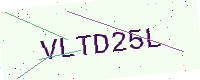
Text: VLTD25L